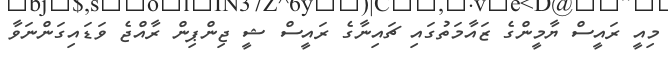
މިއީ ރައީސް ޔާމީންގެ ޒައާމަތުގައި ޗައިނާގެ ރައީސް ޝީ ޖިންޕިން ރާއްޖެ ވަޑައިގަންނަވާ